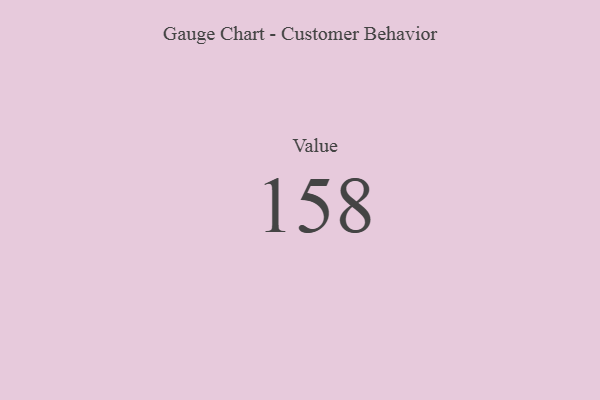
{"axis": {"x": "Metric", "y": "Value"}, "legend": [""], "data": [{"x": "Value", "y": 158, "type": ""}]}